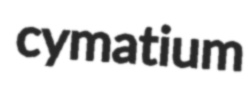
cymatium